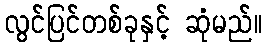
လွင်ပြင်တစ်ခုနှင့် ဆုံမည်။